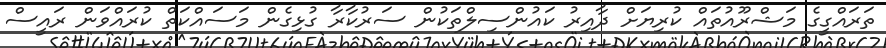
ތަރައްގީގެ މަޝްރޫއުތައް ކުރިޔަށް ދާއިރު ކައުންސިލްތަކުން ސަރުކާރާ ގުޅިގެން މަސައްކަތް ކުރައްވަން ރައީސް